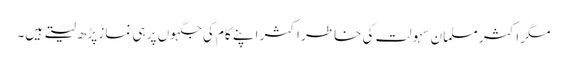
مگر اکثر مسلما ن سہولت کی خاطر اکثر اپنے کام کی جگہوں پر ہی نماز پڑھ لیتے ہیں۔